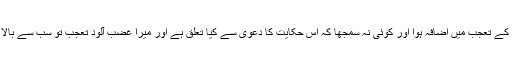
سامعین کے تعجب میں اضافہ ہوا اور کوئی نہ سمجھا کہ اس حکایت کا دعویٰ سے کیا تعلق ہے اور میرا غضب آلود تعجب تو سب سے بالا تر تھا ۔